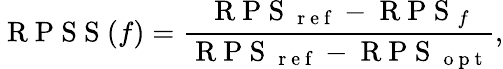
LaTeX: \mathrm{~R~P~S~S~}(f)=\frac{\mathrm{~R~P~S~}_{\mathrm{~r~e~f~}}-\mathrm{~R~P~S~}_{f}}{\mathrm{~R~P~S~}_{\mathrm{~r~e~f~}}-\mathrm{~R~P~S~}_{\mathrm{~o~p~t~}}},